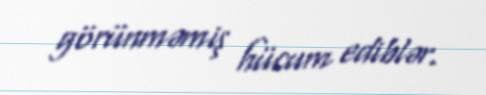
görünməmiş hücum ediblər.